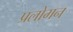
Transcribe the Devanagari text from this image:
प्रलोमन